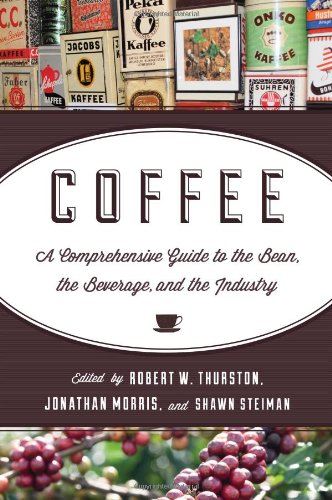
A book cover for Coffee: A Comprehensive Guide to the Bean, the Beverage, and the Industry; Cookbooks, Food & Wine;